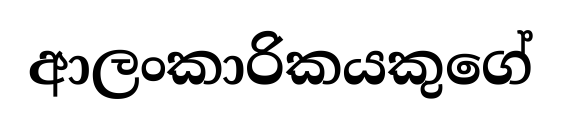
ආලංකාරිකයකුගේ